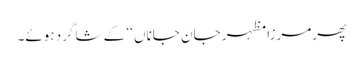
پھر مرزا مظہر جانِ جاناں ‘‘ کے شاگرد ہوئے۔